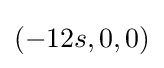
(-12s,0,0)